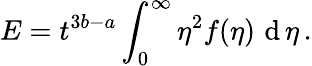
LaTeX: E=t^{3b-a}\int_{0}^{\infty}\eta^{2}f(\eta)\, \, \mathrm{d}\, \eta\, .